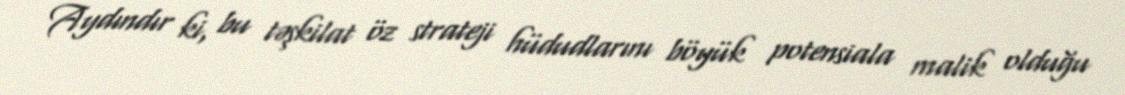
Aydındır ki, bu təşkilat öz strateji hüdudlarını böyük potensiala malik olduğu